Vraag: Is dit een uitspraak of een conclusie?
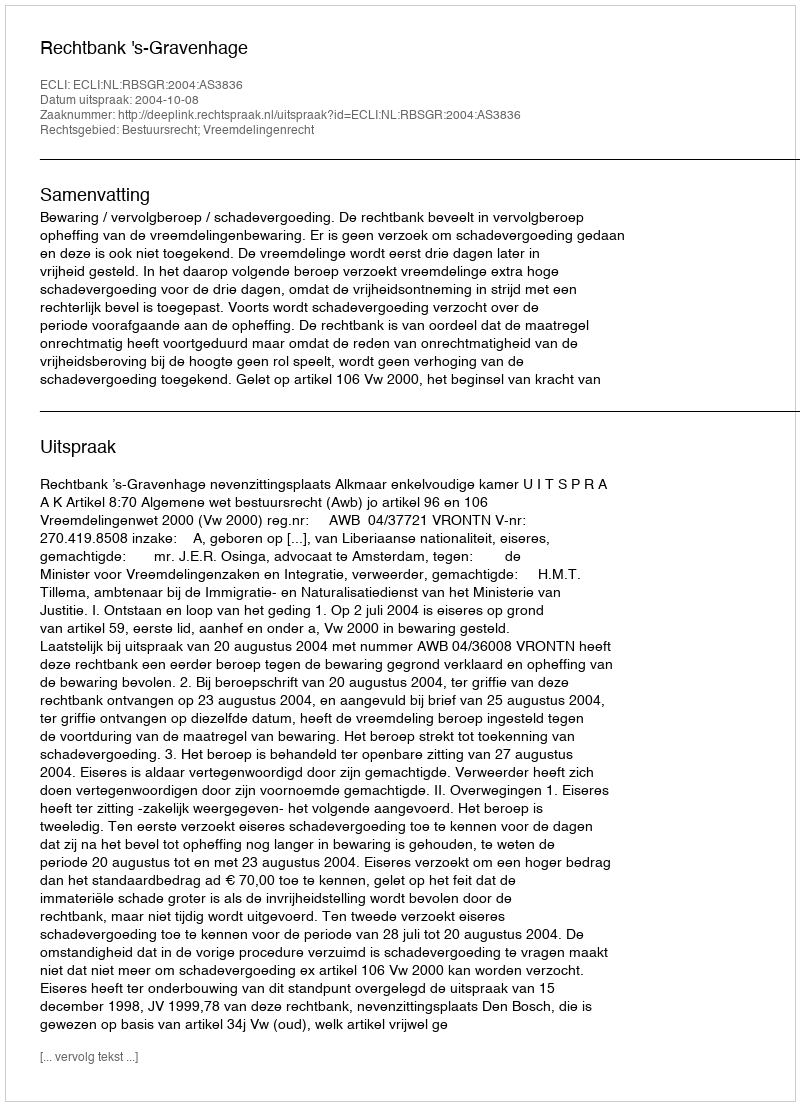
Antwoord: Uitspraak